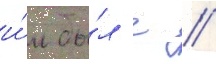
и́м бы́л г //